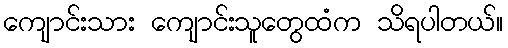
ကျောင်းသား ကျောင်းသူတွေထံက သိရပါတယ်။